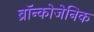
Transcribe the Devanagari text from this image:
ब्रॉन्कोजेनिक